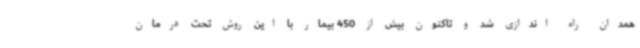
همدان راه اندازی شد و تاکنون بیش از 450 بیمار با این روش تحت درمان